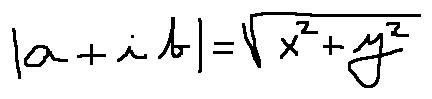
| a + i b | = \sqrt { x ^ { 2 } + y ^ { 2 } }